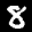
Label: 8